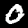
Label: 0